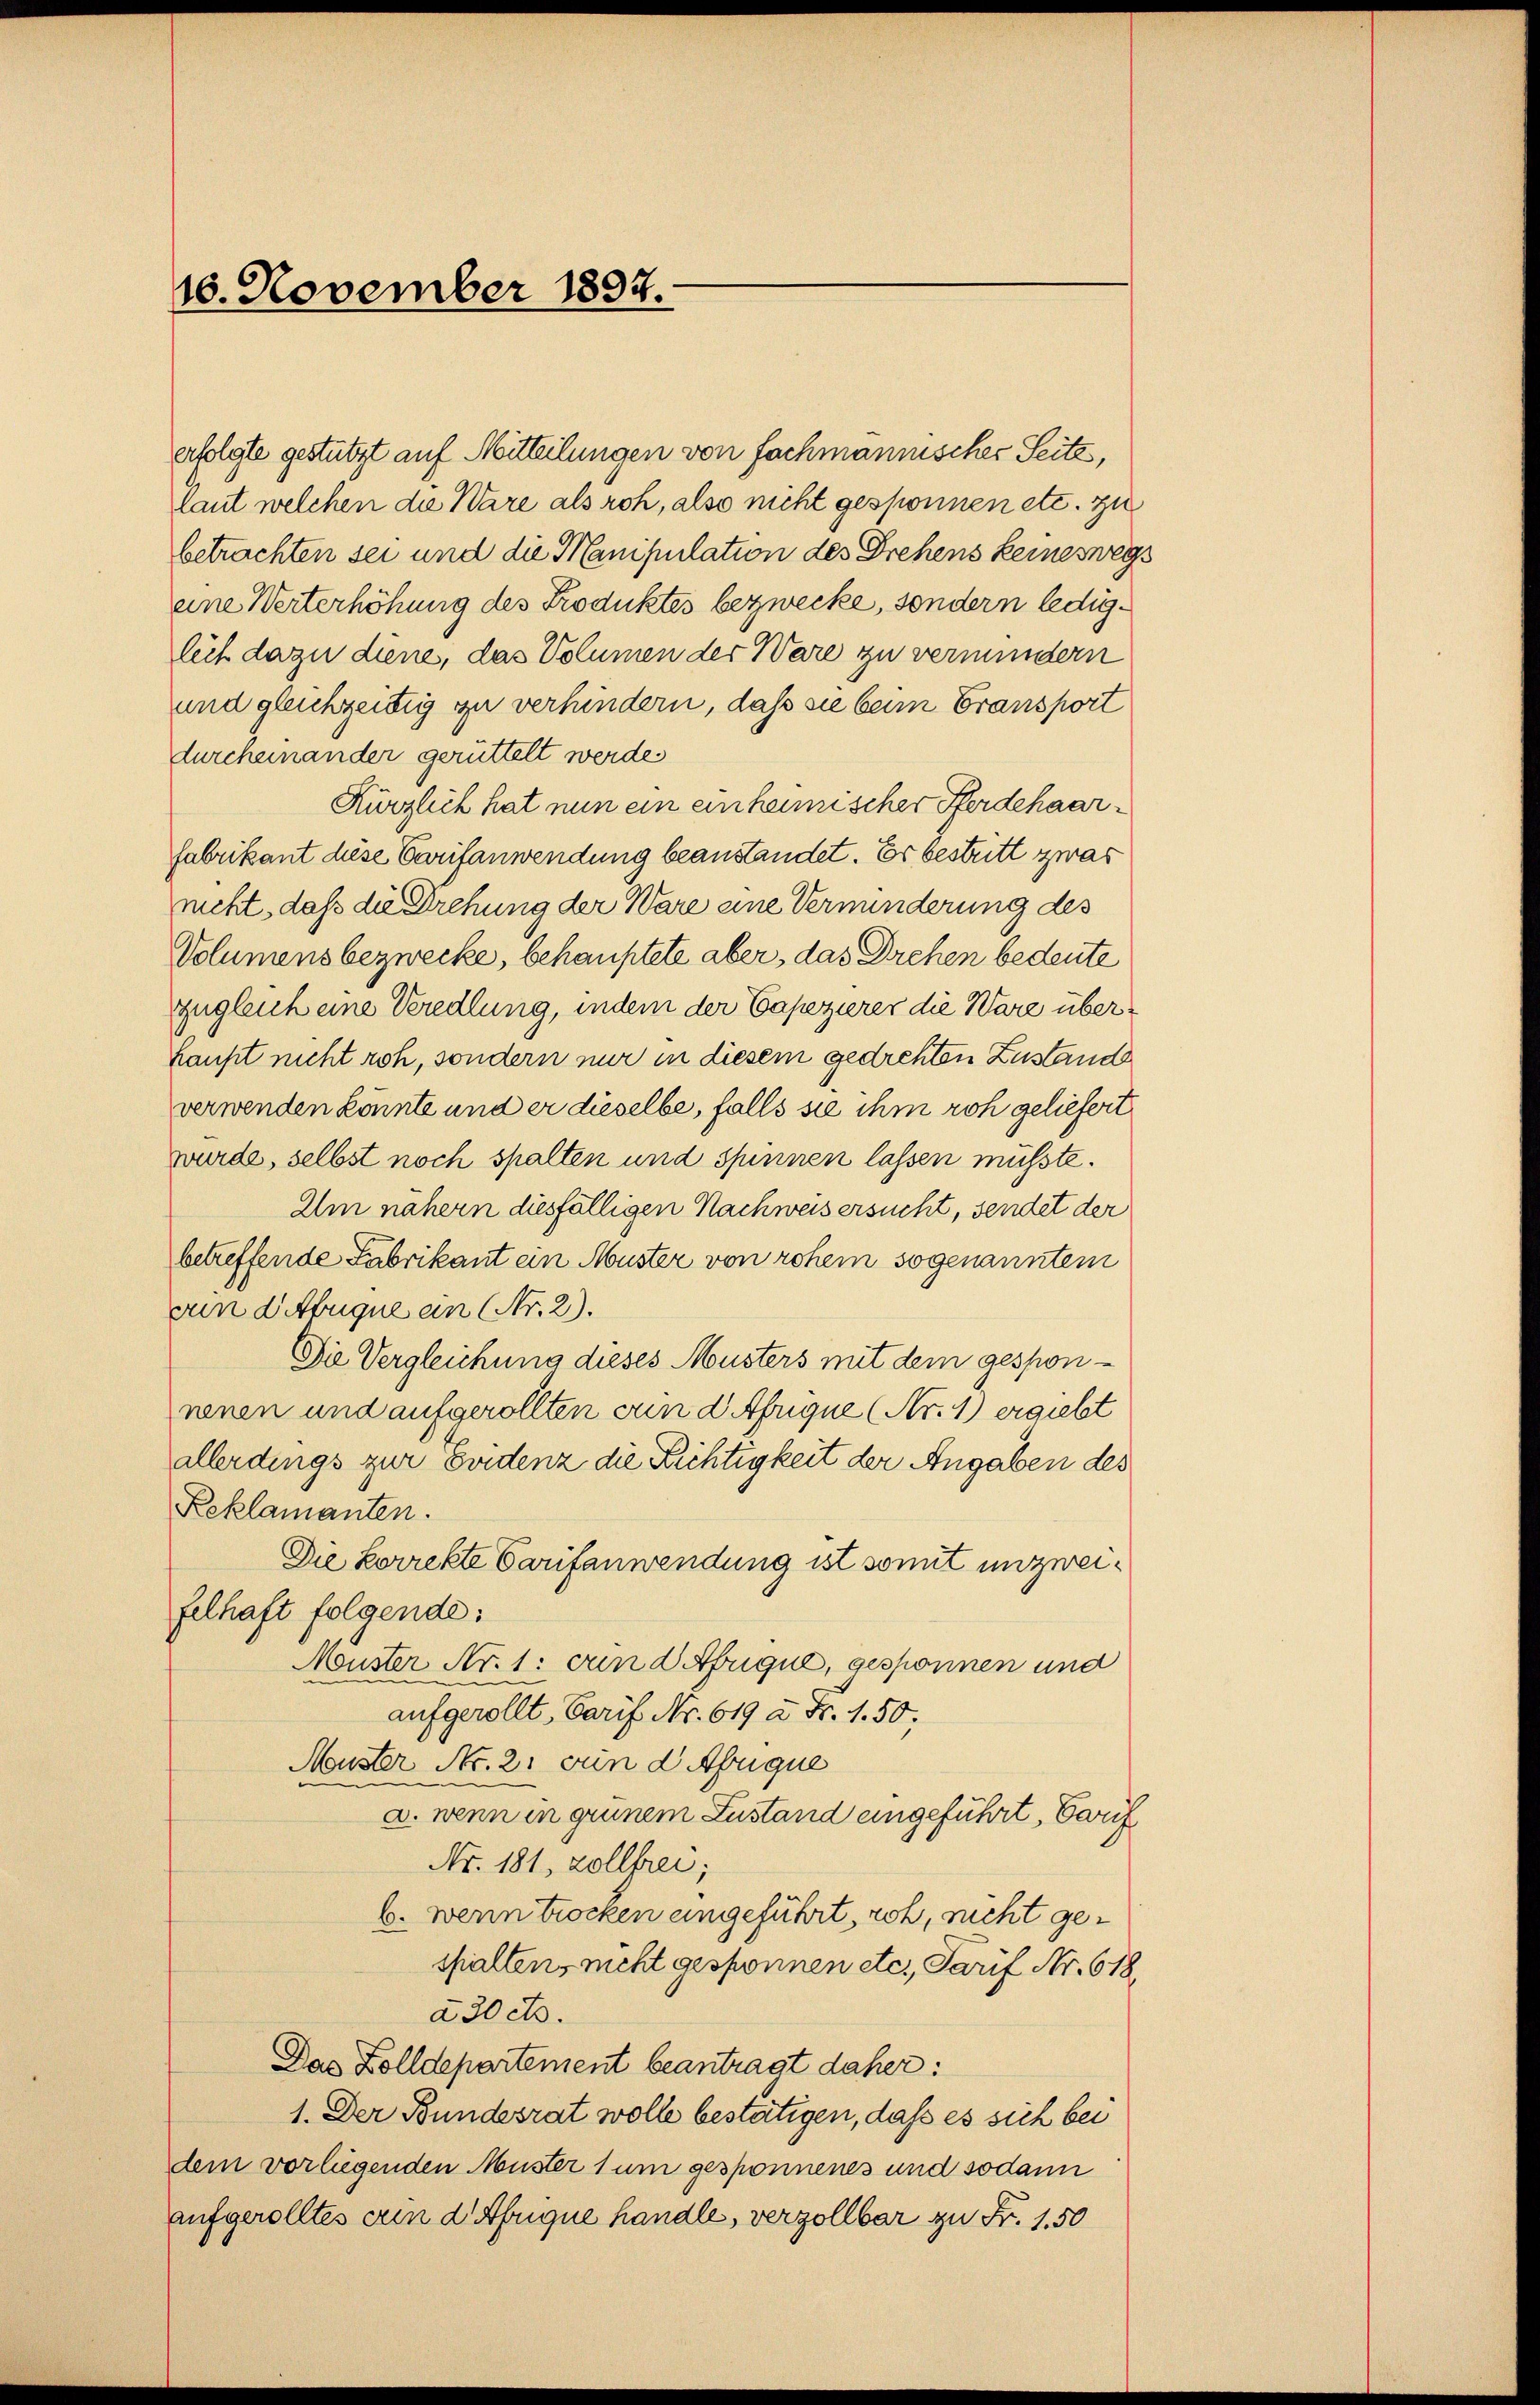
16. November 1894.

erfolgte gestützt auf Mitteilungen von fachmannischer Seite,
laut welchen die Ware als roh, also nicht gesponnen etc. zu
betrachten sei und die Manipulation des Drehens keineswegeine Werterhöhung des Produktes bezwecke, sondern lediglich dazu diene, das Volumen der Ware zu vermindern
und gleichzeitig zu verhindern, daß sie beim Gransport
durcheinander gerüttelt werde.
Kürzlich hat nun ein einheimischer Pferdehaarfabrikant diese Carifanwendung beanstandet. Es bestritt zwas
nicht, daß die Drehung der Ware eine Verminderung des
Volumens bezwecke, behauptete aber, das Drehen bedeute
zugleich eine Veredlung, indem der Capezierer die Ware über¬
Haupt nicht roh, sondern nur in diesem gedrehten Zustande
verwenden könnte und er dieselbe, falls sie ihm roh geliefert
wurde, selbst noch spalten und spinnen lassen müsste.
Um nähern diesfälligen Nachweis ersucht, sendet der
betreffende Fabrikant ein Muster von rohem sogenanntem
vn dAbuque an (Nr. 2).
Die Vergleichung dieses Musters mit dem gesponnenen und aufgerollten erin d Afrigue (Nr. 1) ergiebt
allerdings zur Evidenz die Richtigkeit der Angaben des
Reklamanten.
Die korrekte Tarifanwendung ist somit unzweifelhaft folgende:
Muster Nr. 1: und Afrique, gesponnen und
aufgerollt, Carif Nr. 619 à Fr. 1. 50;
Muster Nr. 2. und Abrique
a. wenn in grünem Zustand eingeführt, Verf
Nr. 181, Zollfrei;
b. wenn trocken eingeführt, roh, richt gespalten, nicht gesponnen etc., Parif Nr. 618.
a20 cts.
Das Zolldepartement beantragt daher:
1. Der Bundesrat wolle bestätigen, daß es sich bei
dem vorliegenden Muster 1 um gesponnenes und sodann
aufgerolltes an d. Augue handle, verzollbar zu Fr. 150